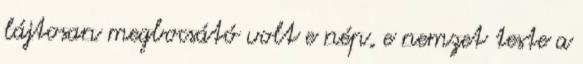
lájtosan megbocsátó volt e nép, e nemzet teste a